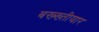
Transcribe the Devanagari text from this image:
बख्ख्तीयार